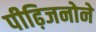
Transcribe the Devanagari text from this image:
पीढ़िजनोने